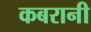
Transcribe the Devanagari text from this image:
कबरानी